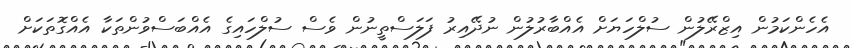
އެހެންކަމުން އިޒްރޭލުން ސުލްހަޔަށް އެއްބާރުލުން ނުދޭއިރު ފަލަސްތީނުން ވެސް ސުލްހައިގެ އެއްބަސްވުންތަކާ އެއްގޮތަކަށް